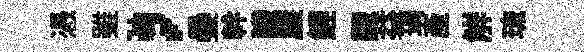
憑雖，疊幹䜟廉鯉颼益瑀産觧琉